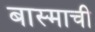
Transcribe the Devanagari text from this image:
बास्माची